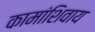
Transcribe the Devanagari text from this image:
कामांशिवाय